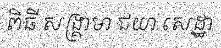
ពិធី សង្គ្រាមា ជយា សេដ្ឋា